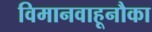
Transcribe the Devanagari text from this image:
विमानवाहूनौका